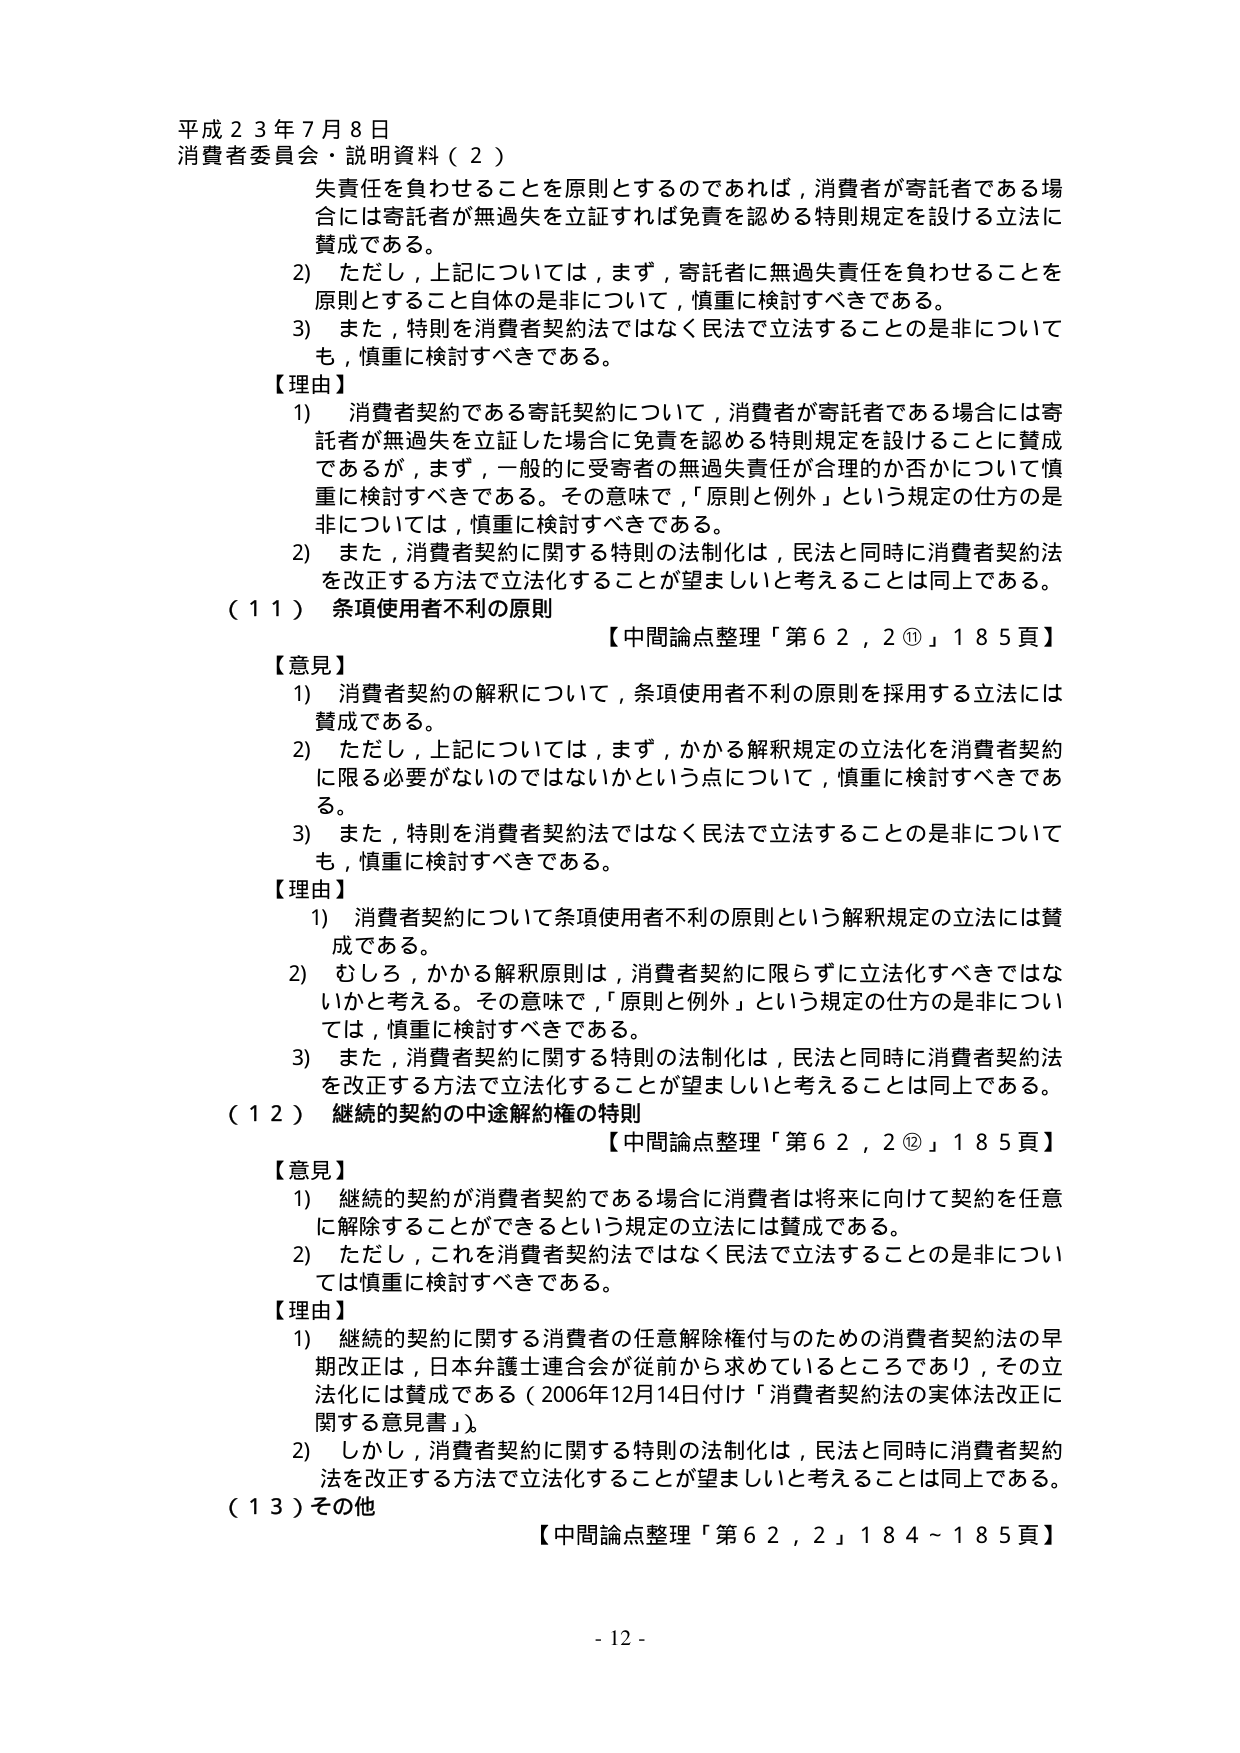
平成２３年７月８日
消費者委員会・説明資料（２）

失責任を負わせることを原則とするのであれば，消費者が寄託者である場合には寄託者が無過失を立証すれば免責を認める特別規定を設ける立法に賛成である。
2) ただし，上記については，まず，寄託者に無過失責任を負わせることを原則とすること自体の是非について，慎重に検討すべきである。
3) また，特別を消費者契約法ではなく民法で立法することの是非についても，慎重に検討すべきである。

【理由】
1) 消費者契約である寄託契約について，消費者が寄託者である場合には寄託者が無過失を立証した場合に免責を認める特別規定を設けることに賛成であるが，まず，一般的に受寄者の無過失責任が合理的か否かについて慎重に検討すべきである。その意味で，「原則と例外」という規定の仕方の是非については，慎重に検討すべきである。
2) また，消費者契約に関する特別の法制化は，民法と同時に消費者契約法を改正する方法で立法化することが望ましいと考えることは同上である。

（１１）条項使用者不利の原則
【中間論点整理「第６２，２⑪」１８５頁】

【意見】
1) 消費者契約の解釈について，条項使用者不利の原則を採用する立法には賛成である。
2) ただし，上記については，まず，かかる解釈規定の立法化を消費者契約に限る必要がないのではないかという点について，慎重に検討すべきである。
3) また，特別を消費者契約法ではなく民法で立法することの是非についても，慎重に検討すべきである。

【理由】
1) 消費者契約について条項使用者不利の原則という解釈規定の立法には賛成である。
2) むしろ，かかる解釈原則は，消費者契約に限らずに立法化すべきではないかと考える。その意味で，「原則と例外」という規定の仕方の是非については，慎重に検討すべきである。
3) また，消費者契約に関する特別の法制化は，民法と同時に消費者契約法を改正する方法で立法化することが望ましいと考えることは同上である。

（１２）継続的契約の中途解約権の特則
【中間論点整理「第６２，２⑫」１８５頁】

【意見】
1) 継続的契約が消費者契約である場合に消費者は将来に向けて契約を任意に解除することができるという規定の立法には賛成である。
2) ただし，これを消費者契約法ではなく民法で立法することの是非については慎重に検討すべきである。

【理由】
1) 継続的契約に関する消費者の任意解除権付与のための消費者契約法の早期改正は，日本弁護士連合会が従前から求めているところであり，その立法化には賛成である（2006年12月14日付け「消費者契約法の実体法改正に関する意見書」）。
2) しかし，消費者契約に関する特別の法制化は，民法と同時に消費者契約法を改正する方法で立法化することが望ましいと考えることは同上である。

（１３）その他
【中間論点整理「第６２，２」１８４～１８５頁】

- 12 -